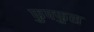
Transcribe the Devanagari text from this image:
फुफ्‍फुस